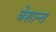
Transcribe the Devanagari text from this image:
बेशान्त